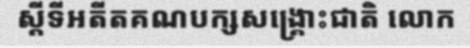
ស្តីទីអតីតគណបក្សសង្គ្រោះជាតិ លោក